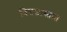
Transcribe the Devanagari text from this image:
वित्तशास्त्रात